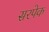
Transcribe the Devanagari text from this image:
सरपेक